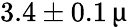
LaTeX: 3.4\pm 0.1\, \upmu